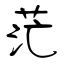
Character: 茫